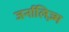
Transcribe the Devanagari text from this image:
जर्नालिज़्म